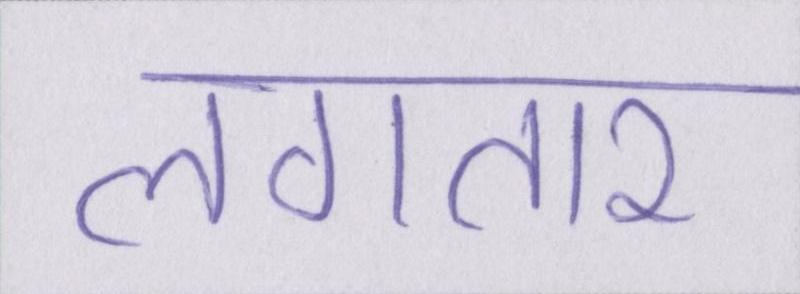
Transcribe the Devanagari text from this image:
लगतार